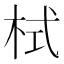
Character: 栻